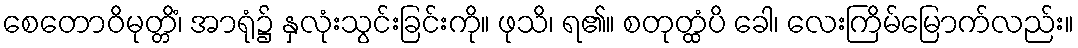
စေတောဝိမုတ္တိံ၊ အာရုံ၌ နှလုံးသွင်းခြင်းကို။ ဖုသိ၊ ရ၏။ စတုတ္ထံပိ ခေါ၊ လေးကြိမ်မြောက်လည်း။